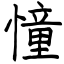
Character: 憧